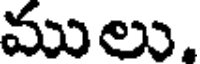
ములు,